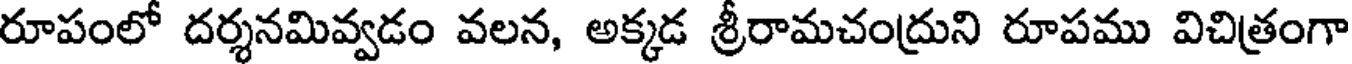
రూపంలో దర్శనమివ్వడం వలన, అక్కడ శ్రీరామచంద్రుని రూపము విచిత్రంగా